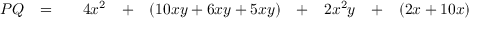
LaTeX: \begin{array} { r c c c r c r c r c r } { P Q } & { = } & { } & { 4 x ^ { 2 } } & { + } & { ( 1 0 x y + 6 x y + 5 x y ) } & { + } & { 2 x ^ { 2 } y } & { + } & { ( 2 x + 1 0 x ) } \end{array}